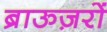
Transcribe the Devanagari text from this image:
ब्राऊज़रों